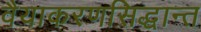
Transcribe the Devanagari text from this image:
वैयाकरणसिद्धान्त